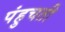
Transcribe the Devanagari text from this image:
पंहुचती